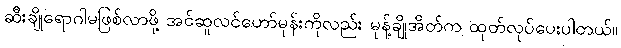
ဆီးချိုရောဂါမဖြစ်လာဖို့ အင်ဆူလင်ဟော်မုန်းကိုလည်း မုန့်ချိုအိတ်က ထုတ်လုပ်ပေးပါတယ်။